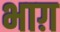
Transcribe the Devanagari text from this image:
भाग़